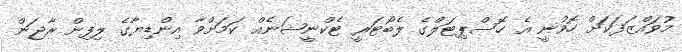
މުވައްޒަފަކަށް ހޮވުނީ އެ ހޮސްޕިޓަލްގެ ލެބޯޓަރީ ޓެކްނީޝަނެއް ކަމަށްވާ އިންޑިޔާގެ ލިފިން ރާޖަން